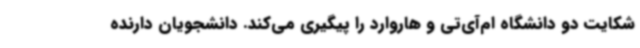
شکایت دو دانشگاه ام‌آی‌تی و هاروارد را پیگیری می‌کند. دانشجویان دارنده